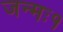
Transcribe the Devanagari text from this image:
जन्मः१